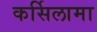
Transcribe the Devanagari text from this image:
कर्सिलामा